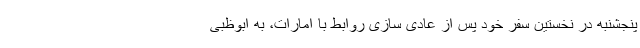
پنجشنبه در نخستین سفر خود پس از عادی سازی روابط با امارات، به ابوظبی